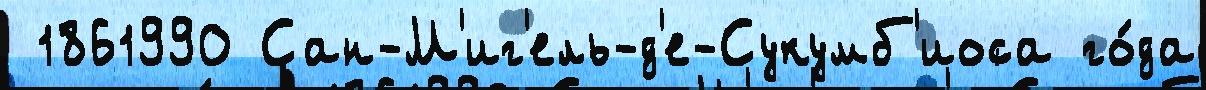
 1861990 Сан-М'иг'ель-д'е-Сукумб'иоса го́да